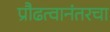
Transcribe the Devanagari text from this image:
प्रौढत्वानंतरचा